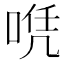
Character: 𠶉